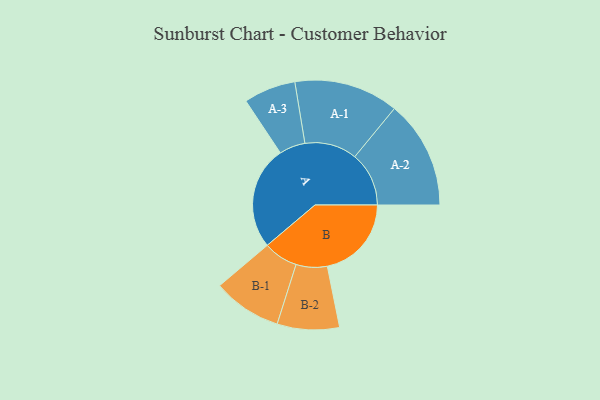
{"axis": {"x": "Segment", "y": "Value"}, "legend": ["", "A", "B"], "data": [{"x": "A", "y": 489, "type": ""}, {"x": "B", "y": 398, "type": ""}, {"x": "A-1", "y": 247, "type": "A"}, {"x": "A-2", "y": 256, "type": "A"}, {"x": "A-3", "y": 123, "type": "A"}, {"x": "B-1", "y": 163, "type": "B"}, {"x": "B-2", "y": 147, "type": "B"}]}